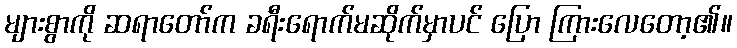
များစွာကို ဆရာတော်က ခရီးရောက်မဆိုက်မှာပင် ပြော ကြားလေတော့၏။